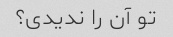
تو آن را ندیدی؟